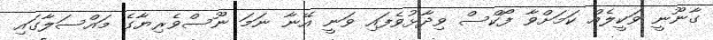
ގާނޫނީ ވަކީލެއް ކަމަށްވާ ފޯކްސް ވިދާޅުވެފައި ވަނީ އޭނާ ނަމަ ނޫސްވެރިޔާގެ މައްސަލާގައި